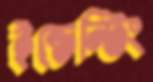
ইন্ডেন্টিং